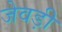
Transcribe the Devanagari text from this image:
जेवड़ी